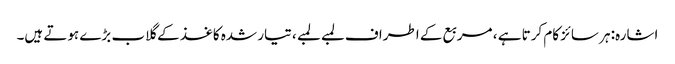
اشارہ: ہر سائز کام کرتا ہے ، مربع کے اطراف لمبے لمبے ، تیار شدہ کاغذ کے گلاب بڑے ہوتے ہیں۔